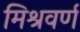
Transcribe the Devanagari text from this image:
मिश्रवर्ण